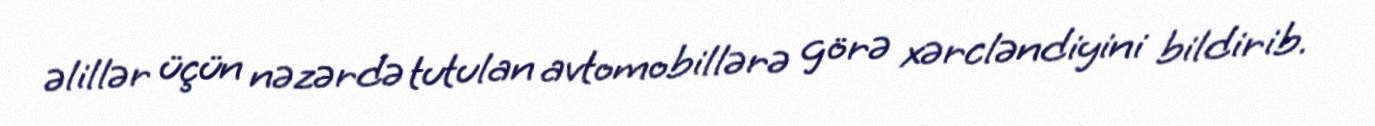
əlillər üçün nəzərdə tutulan avtomobillərə görə xərcləndiyini bildirib.